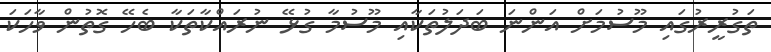
ތަގުރީރުގައި މޫސުމަށް އަންނަ ބަދަލުތަކާއި މޫސުމާ ގުޅޭ ނުރައްކާތަކާ ބެހޭ ގޮތުން ވާހަކަ